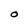
Character: 0